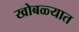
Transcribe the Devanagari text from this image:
खोबळ्यात